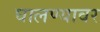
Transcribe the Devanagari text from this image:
घालण्यावर